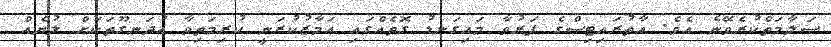
ސަލާމަތްކުރެވޭނެ އެވެ. އާތުރައިޓިސްގެ ފަރުވާ މައިގަނޑު ގޮތެއްގައި އަމާޒުކުރަނީ ކުރިމަތިވާ އުދަނގޫތަކަށް ލުޔެއް